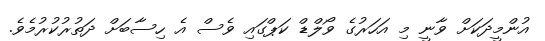
އުންމީދަކަށް ވާނީ މި އަހަރުގެ ވޯލްޑް ކަޕްގައި ވެސް އެ ހިސާބަށް ދަތުރުުކުރުމެވެ.